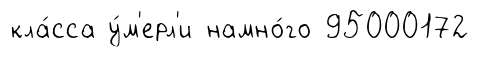
кла́сса у́м'ерл'и намно́го 95000172